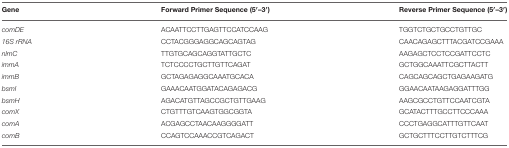
| Gene | Forward Primer Sequence (5′–3′) | Reverse Primer Sequence (5′–3′) |
 | --- | --- | --- |
 | comDE | ACAATTCCTTGAGTTCCATCCAAG | TGGTCTGCTGCCTGTTGC |
 | 16S rRNA | CCTACGGGAGGCAGCAGTAG | CAACAGAGCTTTACGATCCGAAA |
 | nlmC | TTGTGCAGCAGGTATTGCTC | AAGAGCTCCTCCGATTCCTC |
 | immA | TCTCCCCTGCTTGTTCAGAT | GCTGGCAAATTCGCTTACTT |
 | immB | GCTAGAGAGGCAAATGCACA | CAGCAGCAGCTGAGAAGATG |
 | bsmI | GAAACAATGGATACAGAGACG | GGAACAATAAGAGGATTTGG |
 | bsmH | AGACATGTTAGCCGCTGTTGAAG | AAGCGCCTGTTCCAATCGTA |
 | comX | CTGTTTGTCAAGTGGCGGTA | GCATACTTTGCCTTCCCAAA |
 | comA | ACGAGCCTAACAAGGGGATT | CCCTGAGGCATTTGTTCAAT |
 | comB | CCAGTCCAAACCGTCAGACT | GCTGCTTTCCTTGTCTTTCG |